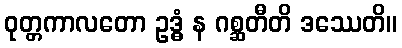
ဝုတ္တကာလတော ဥဒ္ဓံ န ဂစ္ဆတီတိ ဒဿေတိ။